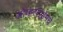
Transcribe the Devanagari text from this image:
ओव्हरटाईमचे